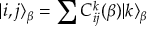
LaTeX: | i , j \rangle _ { \beta } = \sum C _ { i j } ^ { k } ( { \beta } ) | k \rangle _ { \beta }